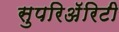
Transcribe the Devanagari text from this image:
सुपरिअॅरिटी